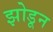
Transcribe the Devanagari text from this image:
झोडून